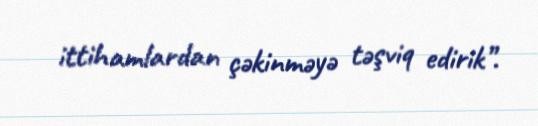
ittihamlardan çəkinməyə təşviq edirik”.